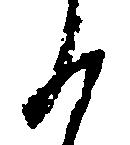
る